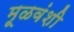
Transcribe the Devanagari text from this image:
मूळवंशी